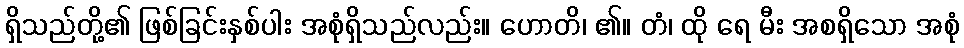
ရှိသည်တို့၏ ဖြစ်ခြင်းနှစ်ပါး အစုံရှိသည်လည်း။ ဟောတိ၊ ၏။ တံ၊ ထို ရေ မီး အစရှိသော အစုံ